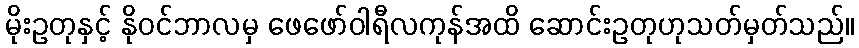
မိုးဥတုနှင့် နိုဝင်ဘာလမှ ဖေဖော်ဝါရီလကုန်အထိ ဆောင်းဥတုဟုသတ်မှတ်သည်။